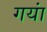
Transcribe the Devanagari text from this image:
गयां